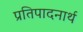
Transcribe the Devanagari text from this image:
प्रतिपादनार्थ